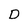
Character: D